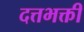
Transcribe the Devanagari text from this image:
दत्तभक्ती